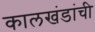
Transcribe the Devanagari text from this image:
कालखंडांची